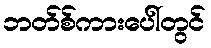
ဘတ်စ်ကားပေါ်တွင်